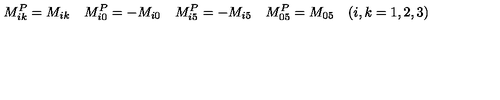
M _ { i k } ^ { P } = M _ { i k } \quad M _ { i 0 } ^ { P } = - M _ { i 0 } \quad M _ { i 5 } ^ { P } = - M _ { i 5 } \quad M _ { 0 5 } ^ { P } = M _ { 0 5 } \quad ( i , k = 1 , 2 , 3 )